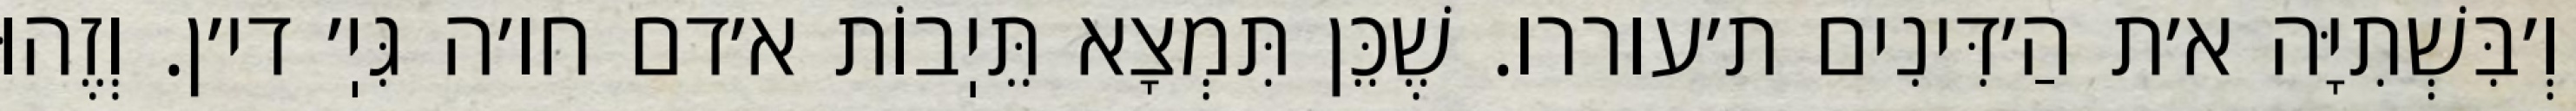
וְ׳בִּשְׁתִיָּה א׳ת הַ׳דִּינִים ת׳עוררו. שֶׁכֵּן תִּמְצָא תֵּיֽבוֹת א׳דם חו׳ה גִּיֽ׳ די׳ן. וְזֶהוּ